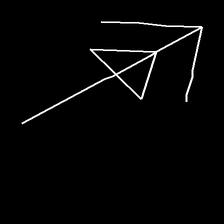
Glyph: pull